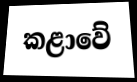
කළාවේ